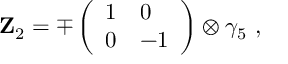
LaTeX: { \bf Z } _ { 2 } = \mp \left( \begin{array} { l l } { { 1 } } & { { 0 } } \\ { { 0 } } & { { - 1 } } \end{array} \right) \otimes \gamma _ { 5 } \ ,